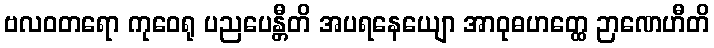
ဗလဝတရော ကုဝေရု ပညပေန္တီတိ အပရနေယျော အာဝုဓဟတ္ထေ ဉာဏေဟီတိ